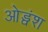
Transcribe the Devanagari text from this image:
ओड्वंश